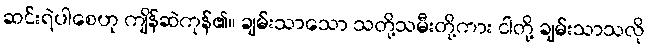
ဆင်းရဲပါစေဟု ကျိန်ဆဲကုန်၏။ ချမ်းသာသော သတို့သမီးတို့ကား ငါတို့ ချမ်းသာသလို